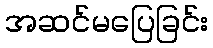
အဆင်မပြေခြင်း